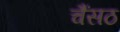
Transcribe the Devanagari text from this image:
चैंसठ